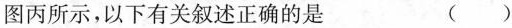
图丙所示，以下有关叙述正确的是 ()